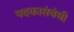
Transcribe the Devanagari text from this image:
पदकासंबंधी